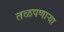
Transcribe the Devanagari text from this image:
तळपणार्‍या